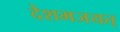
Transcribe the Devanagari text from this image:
देशमजयत्